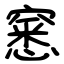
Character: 窸